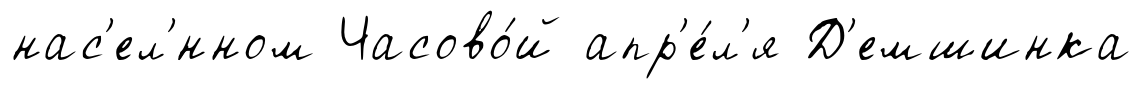
нас'ел'́нном Часово́й апр'е́л'я Д'емшинка